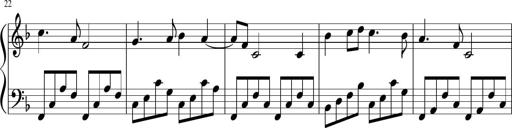
Title: Sonatina di Santa Gemma, JKB 12
Composer: Jason Baruk
Key: F major